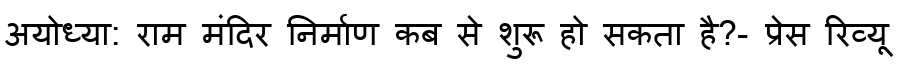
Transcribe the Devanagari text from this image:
अयोध्या: राम मंदिर निर्माण कब से शुरू हो सकता है?- प्रेस रिव्यू